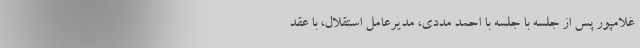
غلامپور پس از جلسه با جلسه با احمد مددی، مدیرعامل استقلال، با عقد